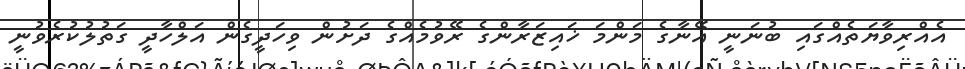
އެއްރިވާޔަތެއްގައި ބުނަނީ އޭނާގެ މަންމަ ޚައިޒަރާންގެ ރޭވުމެއްގެ ދަށުން ވިހަދީގެން އަލްހާދީ ގަތުލުކުރެވުނީ